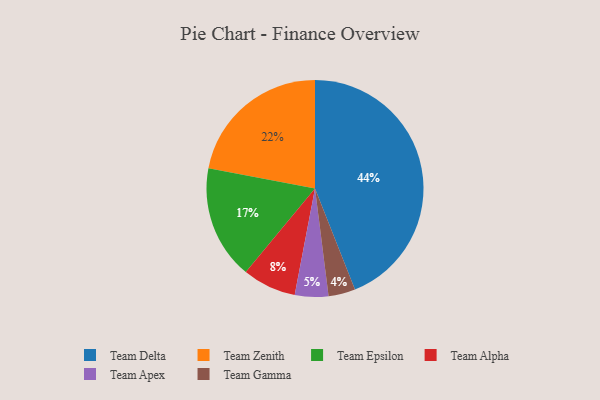
{"axis": {"x": "Category", "y": "Percentage"}, "legend": ["Team Alpha", "Team Apex", "Team Delta", "Team Epsilon", "Team Gamma", "Team Zenith"], "data": [{"x": "Team Alpha", "y": 8, "type": "Team Alpha"}, {"x": "Team Apex", "y": 5, "type": "Team Apex"}, {"x": "Team Epsilon", "y": 17, "type": "Team Epsilon"}, {"x": "Team Delta", "y": 44, "type": "Team Delta"}, {"x": "Team Zenith", "y": 22, "type": "Team Zenith"}, {"x": "Team Gamma", "y": 4, "type": "Team Gamma"}]}